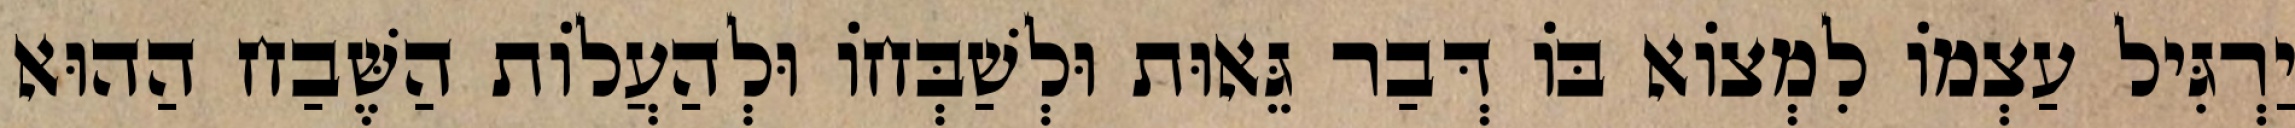
יַרְגִּיל עַצְמוֹ לִמְצוֹא בּוֹ דְּבַר גֵּאוּת וּלְשַׁבְּחוֹ וּלְהַעֲלוֹת הַשֶּׁבַח הַהוּא